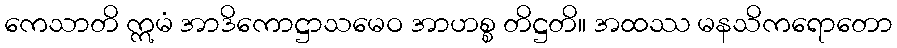
ကေသာတိ ဣမံ အာဒိကောဋ္ဌာသမေဝ အာဟစ္စ တိဋ္ဌတိ။ အထဿ မနသိကရောတော